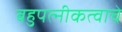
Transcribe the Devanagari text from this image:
बहुपत्‍नीकत्वाचे